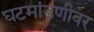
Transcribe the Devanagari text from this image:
घटमांडणीवर